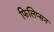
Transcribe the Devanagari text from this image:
फिलिप्सन